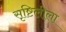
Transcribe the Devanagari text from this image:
सृष्टिलीला